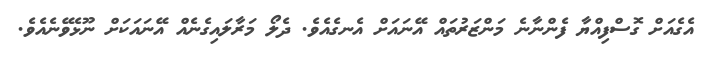
އެގެއަށް ގޮސްފިއްޔާ ފެންނާނެ މަންޒަރުތައް އޭނައަށް އެނގެއެވެ. ދެލޯ މަރާލައިގެނެއް އޭނައަކަށް ނޫޅެވޭނެއެވެ.